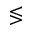
\lessgtr